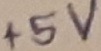
Text: +5V